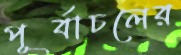
পূর্বাচলের